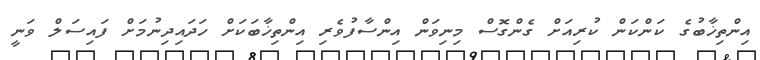
އިންތިޚާބުގެ ކަންކަން ކުރިއަށް ގެންގޮސް މިނިވަން އިންސާފުވެރި އިންތިޚާބަކަށް ހަދައިދިނުމަށް ފައިސަލް ވަނީ